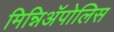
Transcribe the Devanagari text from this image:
मिन्निअॅपोलिस